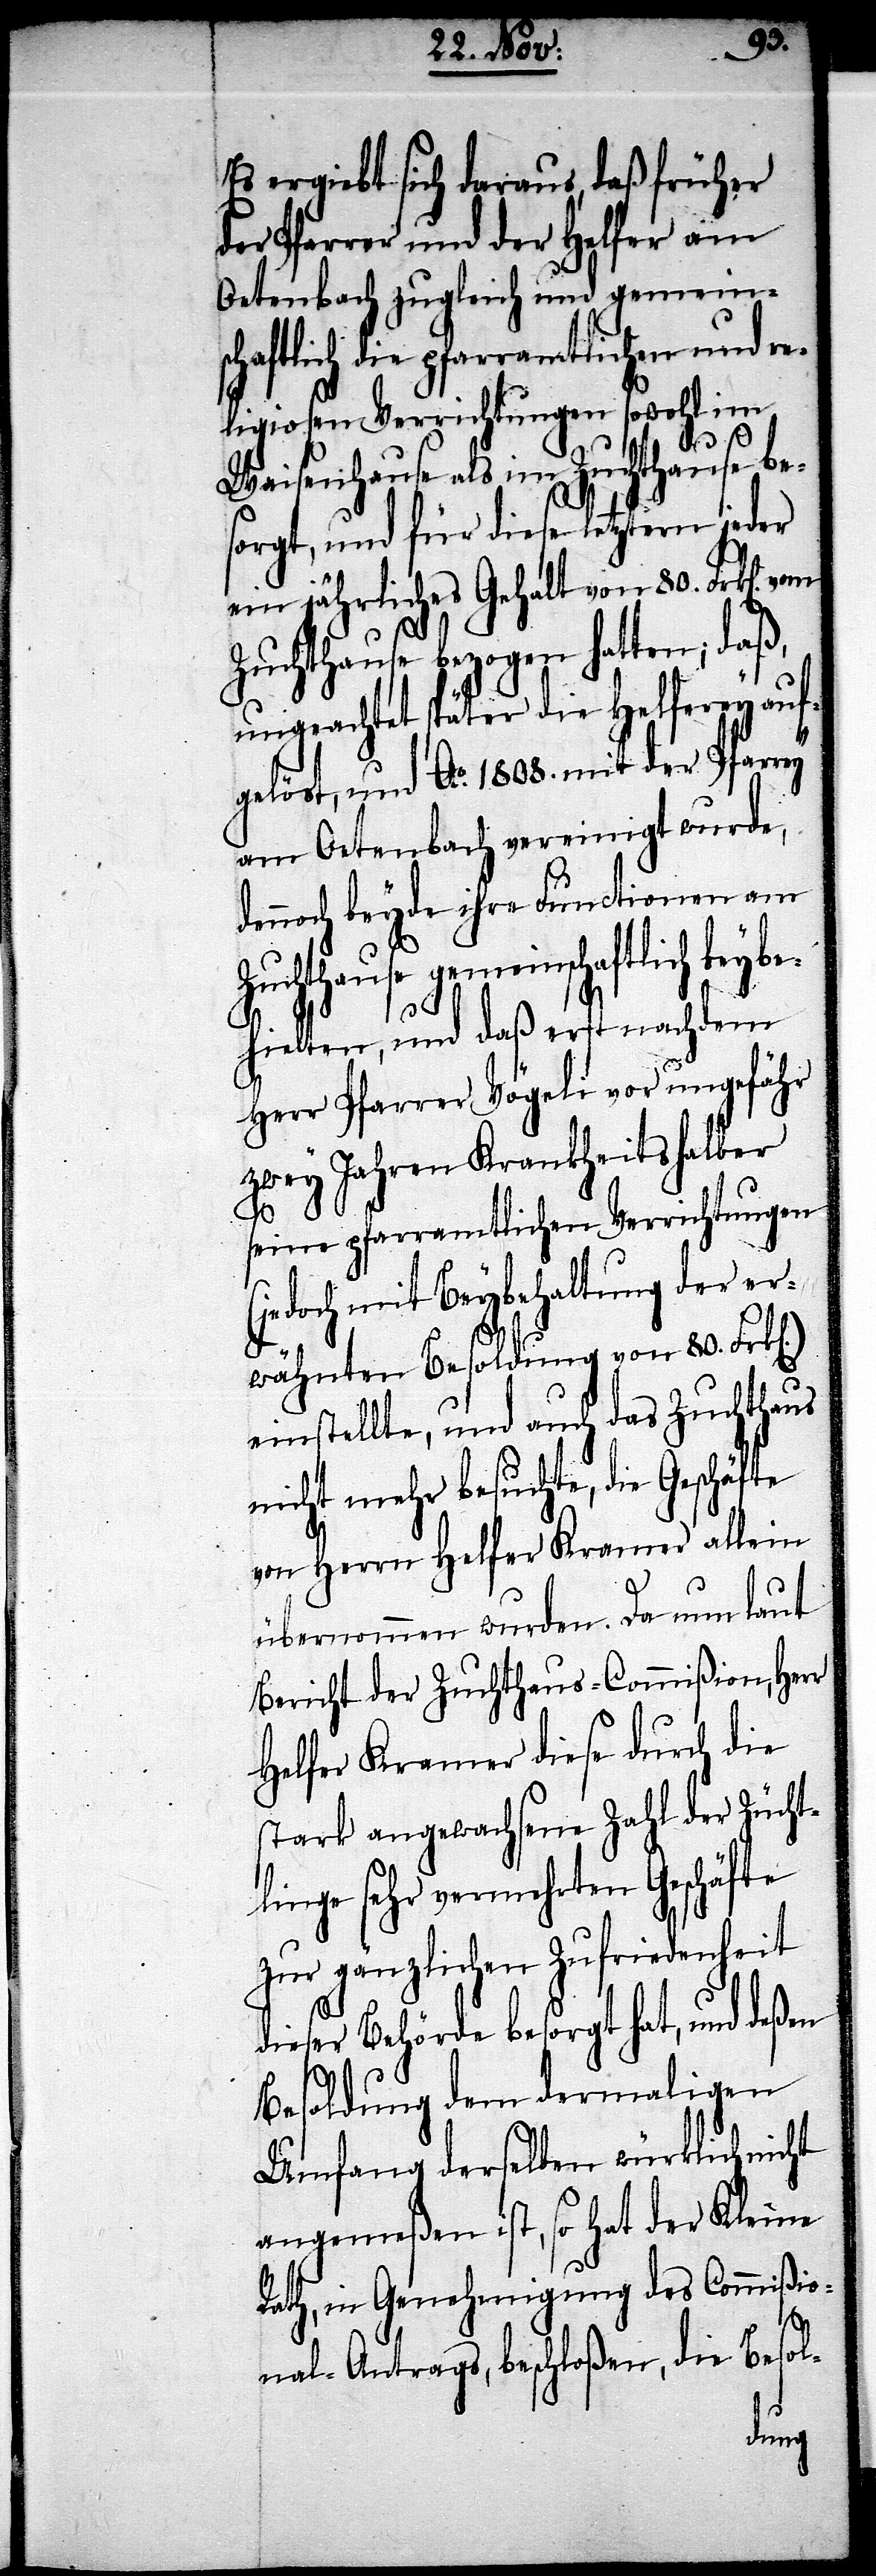
be¬
Es ergibt sich daraus, daß früher
der Pfarrer und der Helfer am
Oetenbach zugleich und gemeins¬
chaftlich die pfarramtlichen und re¬
ligiosen Verrichtungen sowohl im
Waisenhause als im Zuchthause be¬
sorgt, und für diese letztern jeder
ein jährliches Gehalt von 80. Frk[en].
Zuchthause bezogen hatten; daß
ungeachtet später die Helferey auf¬
gelöst, und Ao. 1808. mit der Pfarrey
am Oetenbach vereinigt wurde,
dennoch beyde ihre Functionen am
Zuchthause gemeinschaftlich bey¬
hielten, und daß erst nachdem
Herr Pfarrer Vögeli vor ungefähr
zwey Jahren Krankheitshalber
seine pfarramtlichen Verrichtungen
(jedoch mit Beybehaltung der er¬
wähnten Besoldung von 80. Frk[e¬
einstellte, und auch das Zuchthaus
nicht mehr besuchte, die Geschäfte
von Herrn Helfer Kramer allein
übernommen wurden. Da nun laut
Bericht der Zuchthaus-Commißion, Herr
Helfer Kramer diese durch die
stark angewachsene Zahl der Zücht¬
linge sehr vermehrten Geschäfte
zur gänzlichen Zufriedenheit
dieser Behörde besorgt hat, und deßen
Besoldung dem dermaligen
Umfang derselben würklich nicht
angemeßen ist, so hat der Kleine
Rath, in Genehmigung des Commißio¬
n].)
nal-Antrags, beschloßen, die Besol-